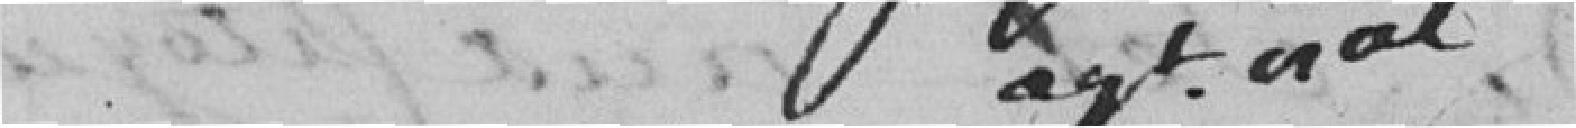
agent général